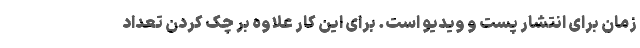
زمان برای انتشار پُست و ویدیو است. برای این کار علاوه بر چک کردن تعداد